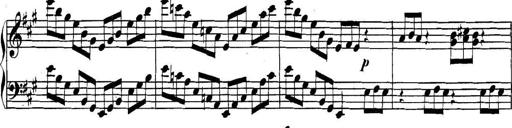
Title: Collected Piano Sonatas
Composer: Muzio Clementi